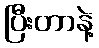
ပြီးတာနဲ့